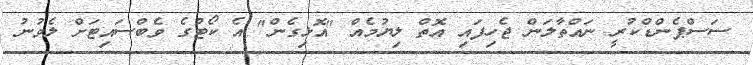
ސަސްޕެންޑްކުރީ ނައްތާލަން ޖެހިފައި އޮތް ލިޔުމެއް "އޮޅިގެން" އެ ކޯޓުގެ ވެބްސައިޓަށް ލެވުނު